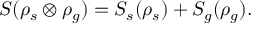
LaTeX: S ( \rho _ { s } \otimes \rho _ { g } ) = S _ { s } ( \rho _ { s } ) + S _ { g } ( \rho _ { g } ) .